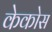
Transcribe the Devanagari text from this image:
केकोस